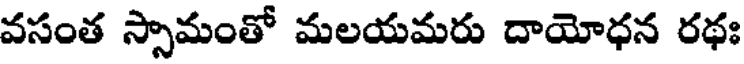
వసంత స్సామంతో మలయమరు దాయోధన రథః